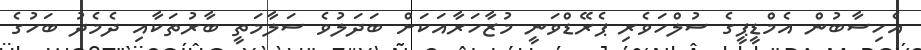
އެހިސާބުން އެމްޑީޕީގެ ސުލްހަވެރި ޕެރޭޑްވަނީ މުޒާހަރާއަކަށް ބަދަލުވެ ސަލާމަތީ ބާރުތަކާއި ދެމެދު ބަހުގެ